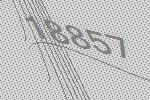
18857